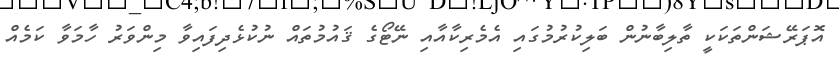
އޮޕަރޭޝަންތަކަކީ ތާލިބާނުން ބަލިކުރުމުގައި އެމެރިކާއާއި ނޭޓޯގެ ޤައުމުތައް ނުކުޅެދިފައިވާ މިންވަރު ހާމަވާ ކަމެއް